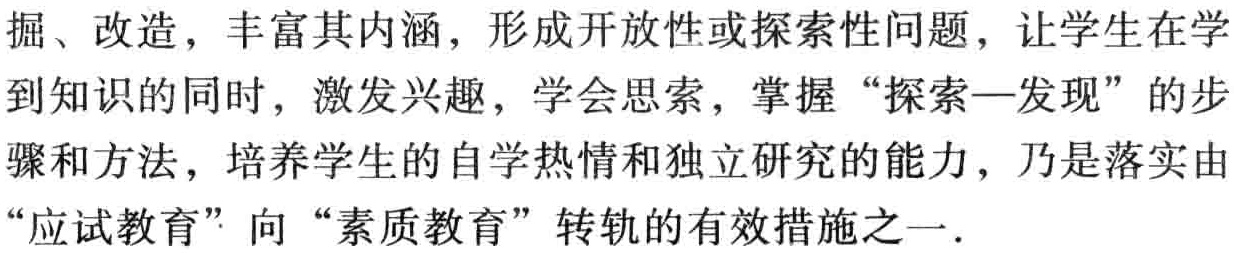
掘、改造，丰富其内涵，形成开放性或探索性问题，让学生在学
到知识的同时，激发兴趣，学会思索，掌握“探索—发现”的步
骤和方法，培养学生的自学热情和独立研究的能力，乃是落实由
“应试教育”向“素质教育”转轨的有效措施之一.